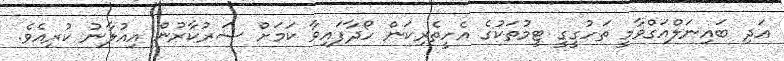
އަދި ބައިނަލްއަގްވާމީ ތަހުގީގީ ޓީމުތަކުގެ އެހީތެރިކަން ހޯދާފައިވާ ކަަމަށް ސަރުކާރުން އިއުލާނު ކުރިއެވެ.